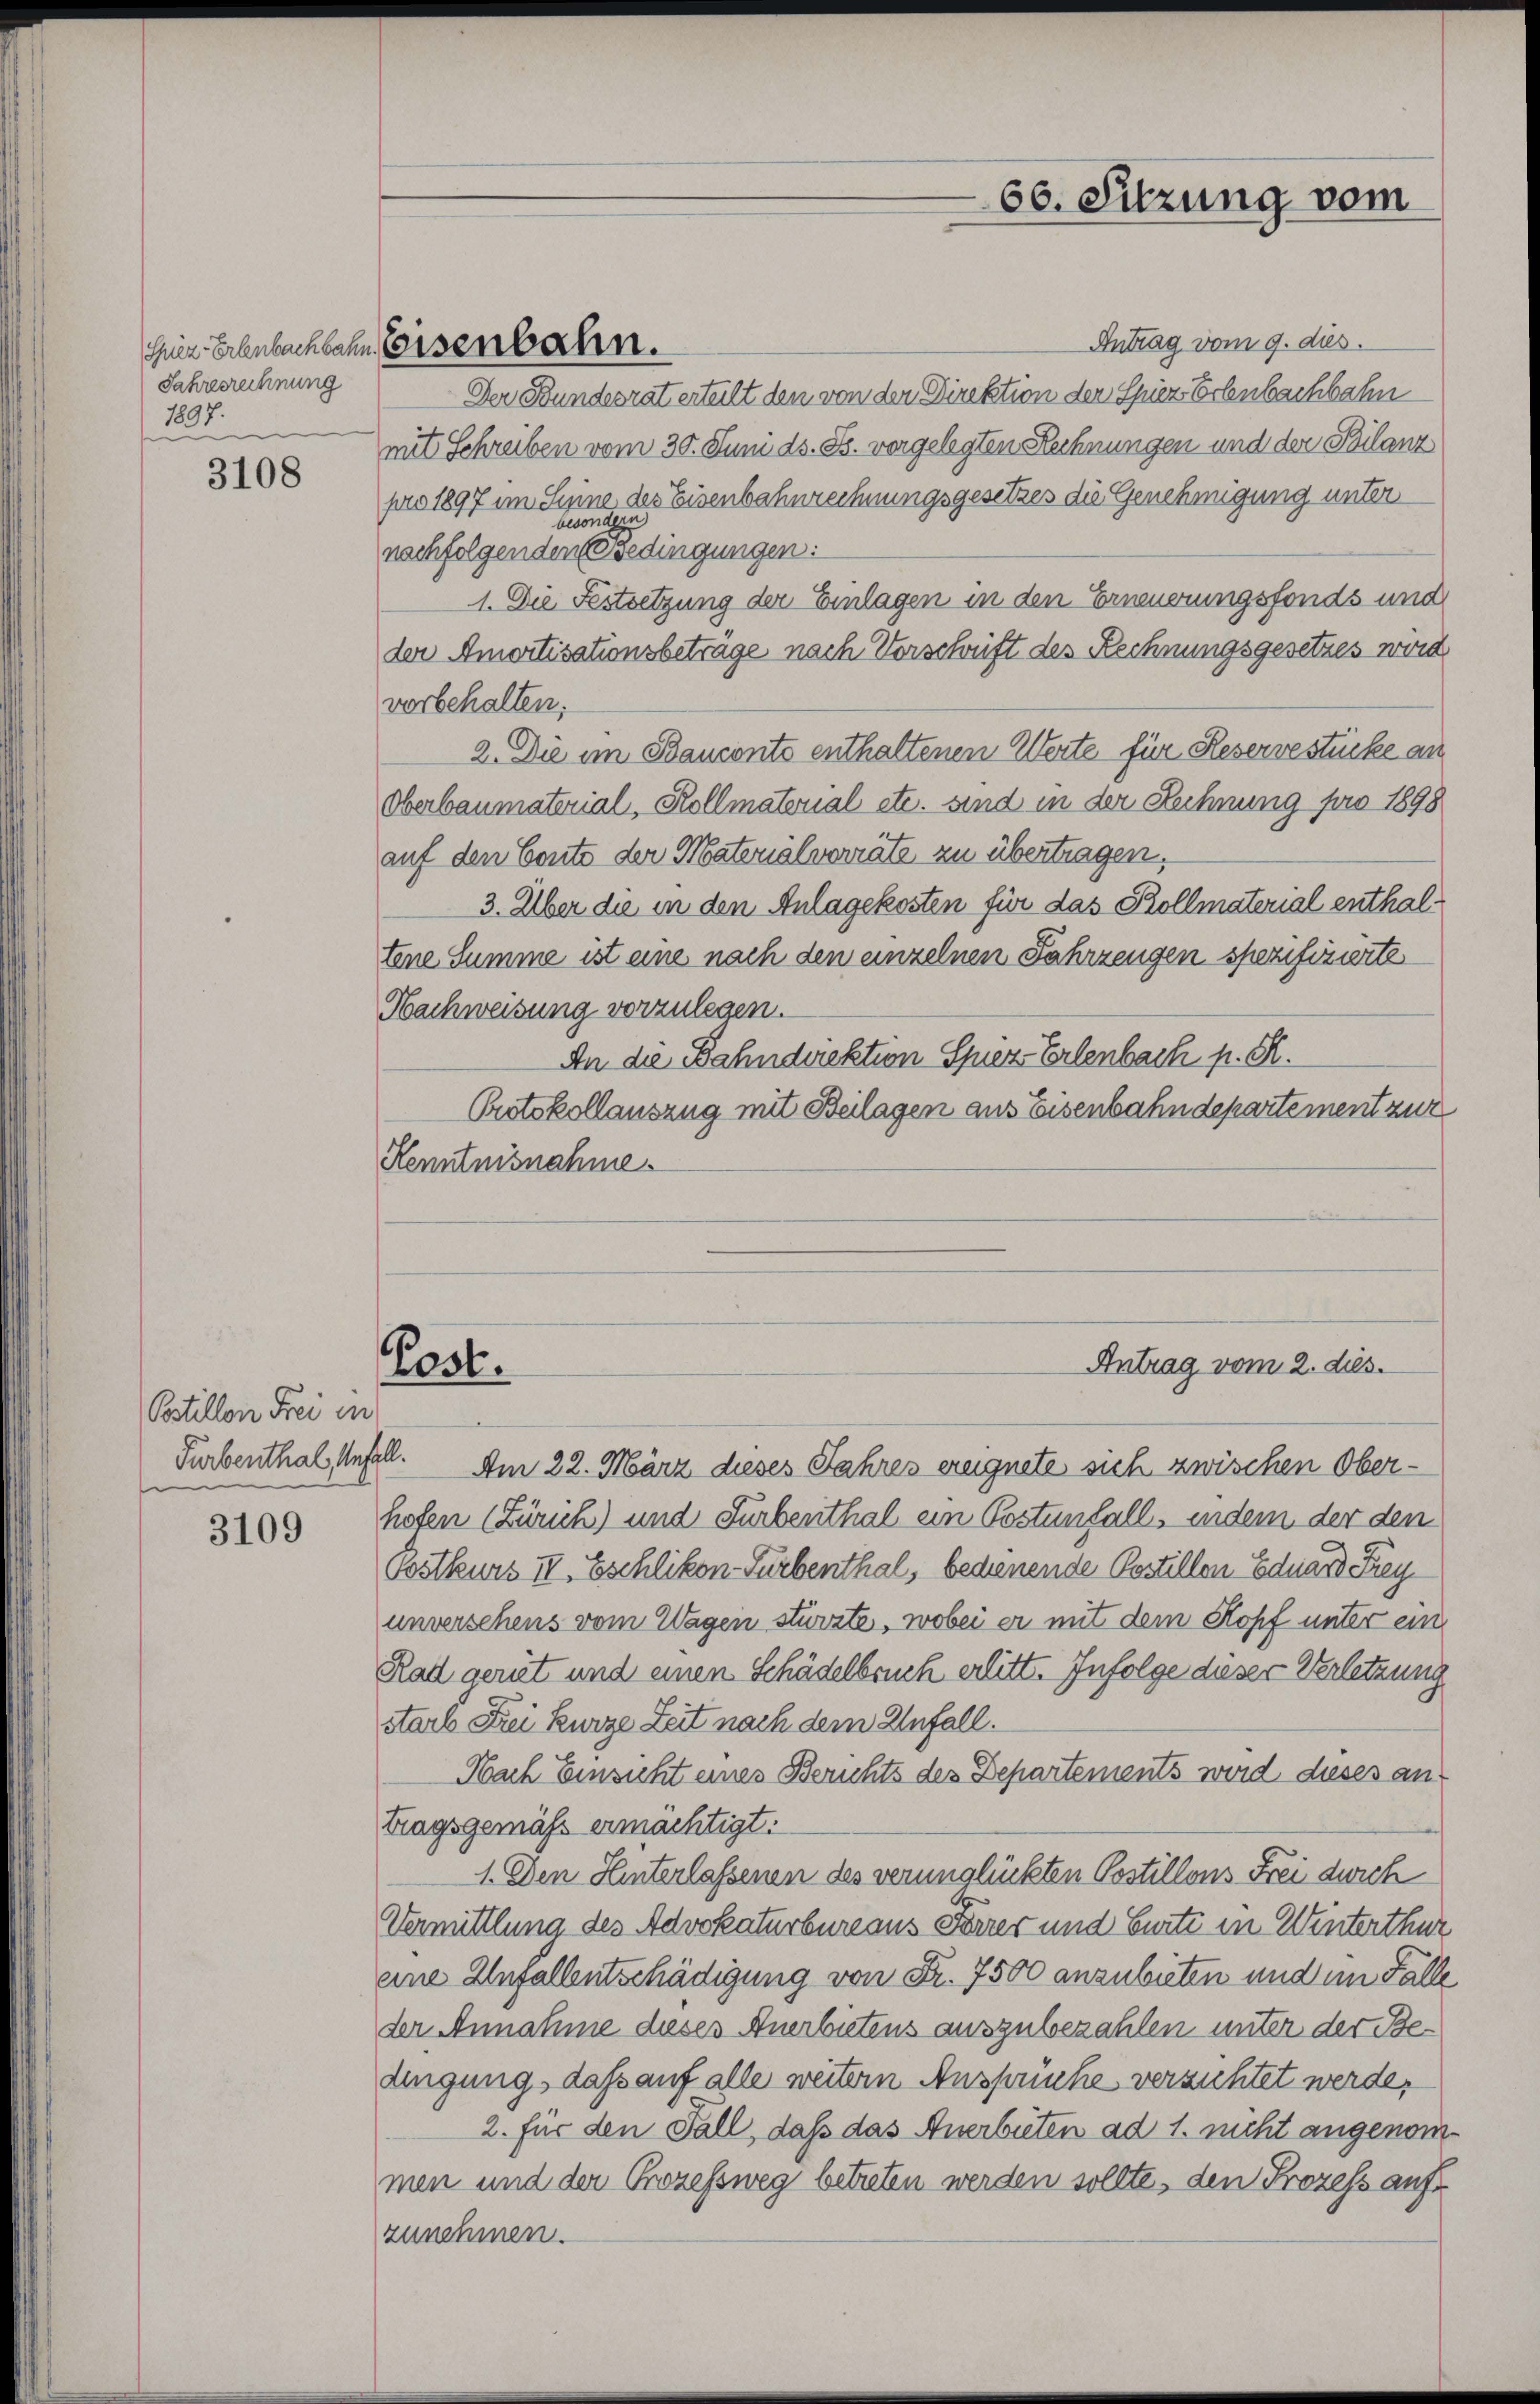
Jahresrechnung
1897.
“
e

3108

Postillon Frei in

3109

Antrag vom 9. dies
Der Bundesrat erteilt den von der Direktion der Spiez Erlenbachbahn
mit Schreiben vom 30. Juni ds. Js. vorgelegten Rechnungen und der Bilanz
pro 1897 im Seine des Eisenbahnrechnungsgesetzes die Genehmigung unter
nachfolgenden Bedingungen:
1. Die Festsetzung der Einlagen in den Erneuerungsfonds und
der Amortisationsbeträge nach Vorschrift des Rechnungsgesetzes wird
vorbehalten;
2. Die im Bauconts enthaltenen Werte für Reservestücke an
Oberbaumaterial, Kollmatorial etc. sind in der Rechnung pro 1898
auf den Conto der Materialverräte zu übertragen.
3. Über die in den Anlagekosten für das Kollmaterial enthaltene Summe ist eine nach den einzelnen Fahrzeugen spezifizierte
Nachweisung vorzulegen.
An die Bahndirektion Spiez Erlenbach p. S.
Protokollauszug mit Beilagen aus Eisenbahndepartement zur
Kenntnisnahme.

Eier Erlenbachbahn Eisenbahn.

Past.

Turbenthal Anfall. Am 22. März dieses Jahres ereignete sich zwischen Oberhofen (Zürich) und Furbenthal ein Postenfall, indem der den
Bostkurs II. Eschlikon Fürbenthal, bedienende Postillen Eduard e
unversehens vom Wagen stürzte, wobei er mit dem Kopf unter ein
Rad gerit und einen Schädelbruch erlitt. Infolge dieser Verletzung
starb Frei kurze Zeit nach dem Unfall.
Nach Einsicht eines Berichts des Departements wird dieses an
tragsgemäss ermächtigt:
1. Den Hinterlassenen des verunglückten Postillons Frei dich
Vermittlung des Advokaturbureaus Forrer und Curti in Winterthur
eine Unfallentschädigung von Fr. 7500 anzubieten und im Falle
der Annahme dieses Anerbietens auszubezahlen unter der Bedingung, dass auf alle weitern Ansprüche verzichtet werde,
2. für den Fall, daß das Anerbieten ad 1. nicht angenommen und der Prozessweg betreten werden sollte, den Prozess aufzunehmen.

60. Sitzung vom

Antrag vom 2. dies